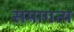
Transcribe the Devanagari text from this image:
समागत्य